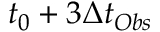
t _ { 0 } + 3 \Delta t _ { O b s }